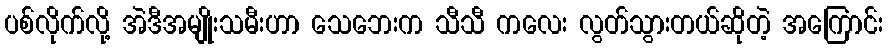
ပစ်လိုက်လို့ အဲဒီအမျိုးသမီးဟာ သေဘေးက သီသီ ကလေး လွတ်သွားတယ်ဆိုတဲ့ အကြောင်း